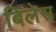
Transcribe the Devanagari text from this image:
बिलेस